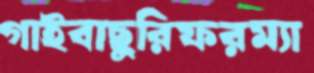
গাইবাছুরিফরম্যা